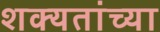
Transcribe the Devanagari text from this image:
शक्यतांच्या